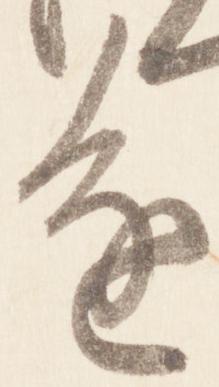
進